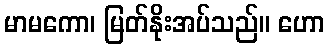
မာမကော၊ မြတ်နိုးအပ်သည်။ ဟော